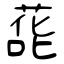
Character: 蒊